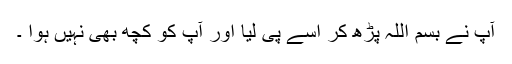
آپ نے بسم اللہ پڑھ کر اسے پی لیا اور آپ کو کچھ بھی نہیں ہوا ۔